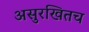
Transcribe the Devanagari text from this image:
असुरखितच